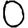
Digit: 0